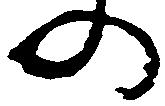
の